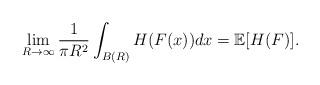
LaTeX: \begin{align*}\lim\limits_{R\rightarrow \infty} \frac{1}{\pi R^2}\int_{B(R)}H(F(x))dx= \mathbb{E}[H(F)]. \end{align*}